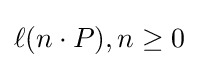
\ell (n\cdot P),n\geq 0